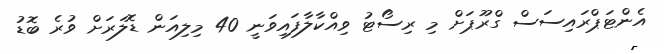
އެންޓަޕްރައިސަސް ގްރޫޕަށް މި ރިސޯޓު ވިއްކާލާފައިވަނީ 40 މިލިއަން ޑޮލަރަށް ވުރެ ބޮޑު